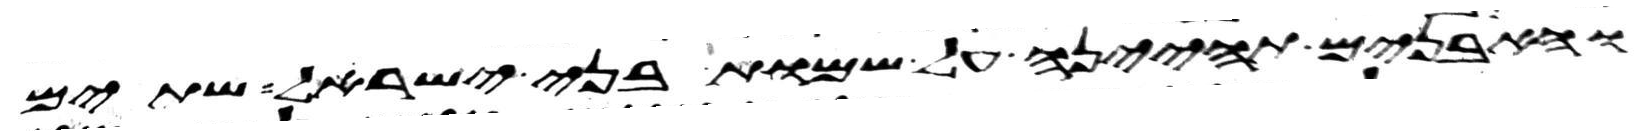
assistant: והאבנים תהיינה על שמות בני ישראל שתים